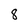
Character: 8